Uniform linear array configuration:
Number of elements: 12
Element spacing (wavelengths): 1
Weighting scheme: uniform
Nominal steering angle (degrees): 30
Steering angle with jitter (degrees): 28.979
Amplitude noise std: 0.05
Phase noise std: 0.05

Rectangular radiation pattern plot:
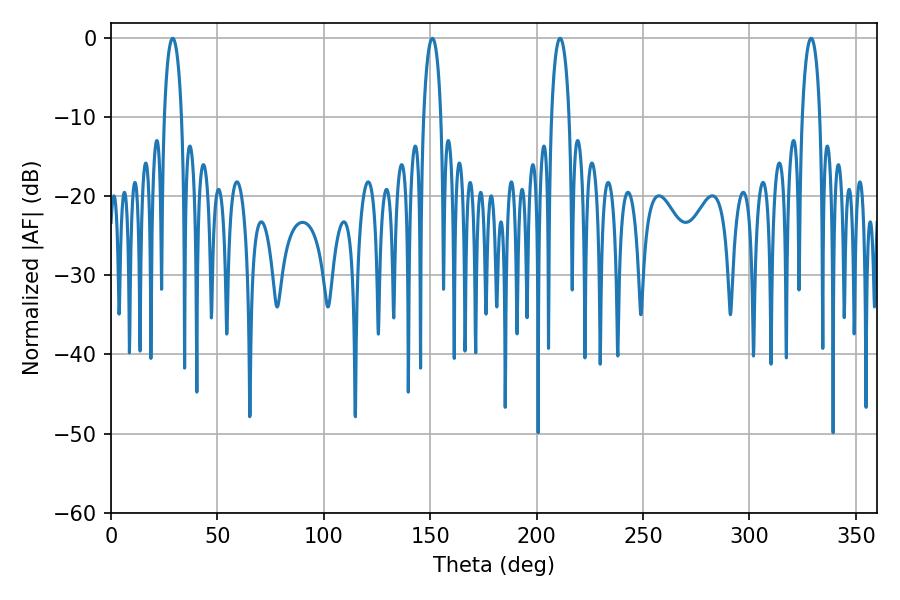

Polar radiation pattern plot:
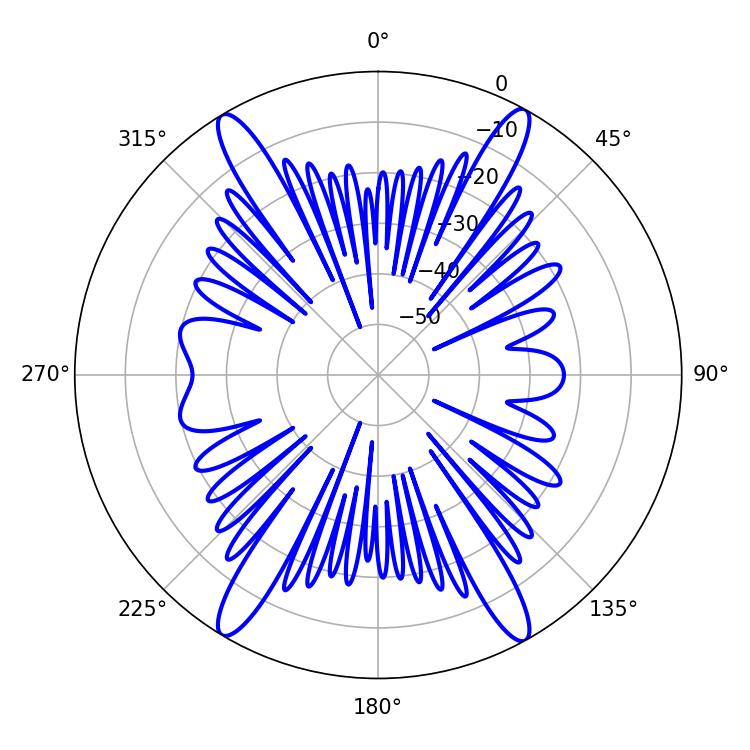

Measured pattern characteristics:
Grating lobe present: TRUE
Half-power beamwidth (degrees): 4.68
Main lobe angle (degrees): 28.98